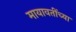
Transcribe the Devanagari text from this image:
मायावतींच्या